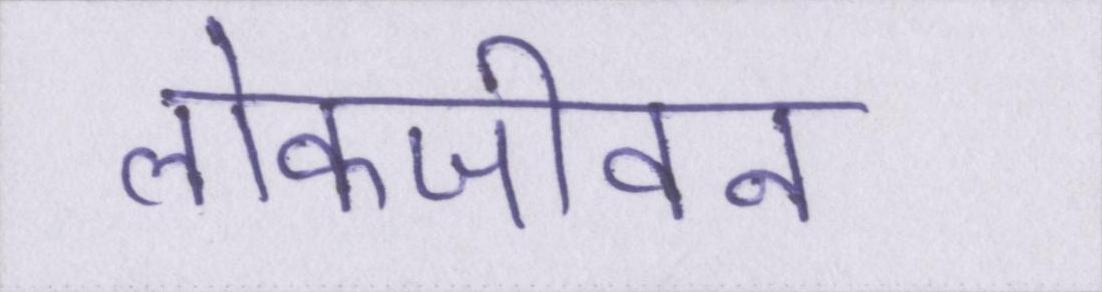
लोकजीवन